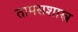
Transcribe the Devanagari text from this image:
तामसशास्त्र